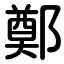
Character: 鄭